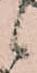
候